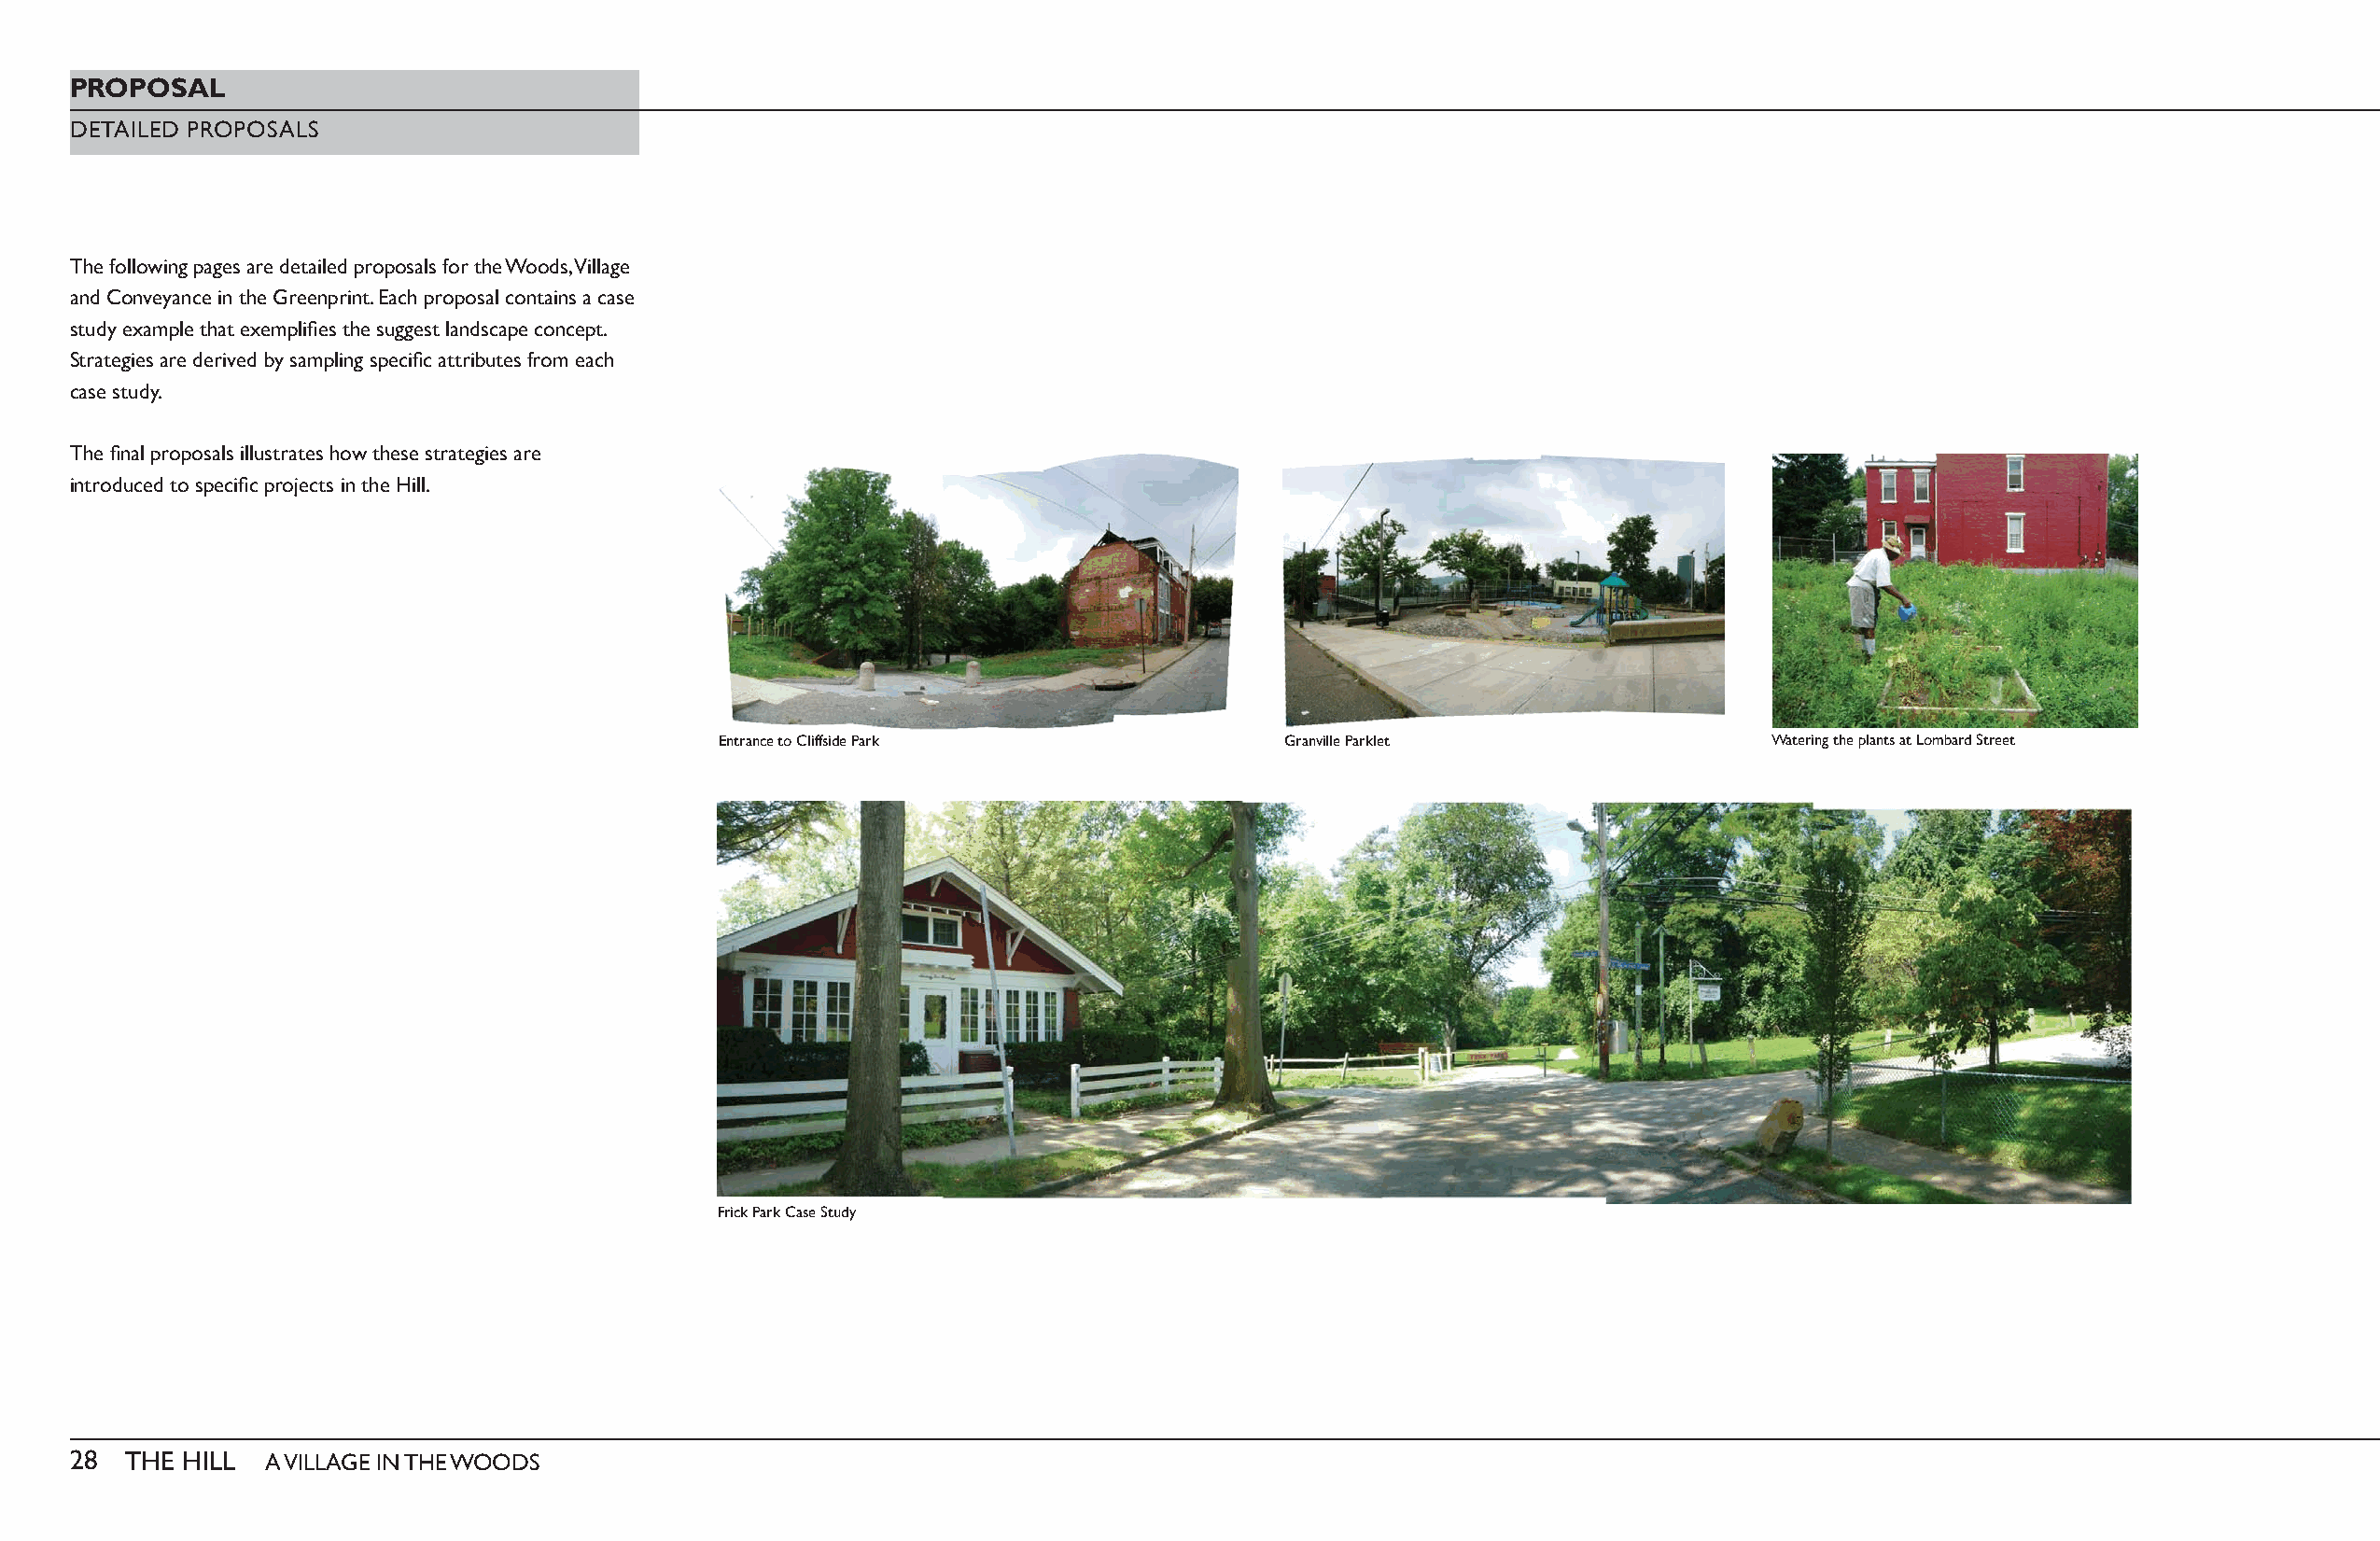
PROPOSAL
 DETAILED PROPOSALS
 The following pages are detailed proposals for the Woods, Village
 and Conveyance in the Greenprint. Each proposal contains a case
 study example that exemplifi es the suggest landscape concept.
 Strategies are derived by sampling specifi c attributes from each
 case study.
 The fi nal proposals illustrates how these strategies are
 introduced to specifi c projects in the Hill.
 Entrance to Cliffside Park              Granville Parklet                  Watering the plants at Lombard Street
 Frick Park Case Study
 28  THE HILL  A VILLAGE IN THE WOODS